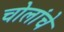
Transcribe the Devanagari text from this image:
चोलांचे